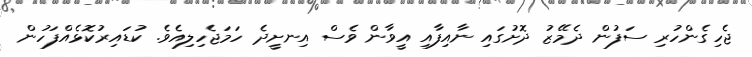
ޖެހިގެންހުރި ސަފުން ދެމޭޒު ދޮށުގައި ނާއިފާއި އީވާން ވެސް އިނށީދެ ހަމަޖެހިލިއެވެ. ކުޑައިރުކޮޅެއްފަހުން